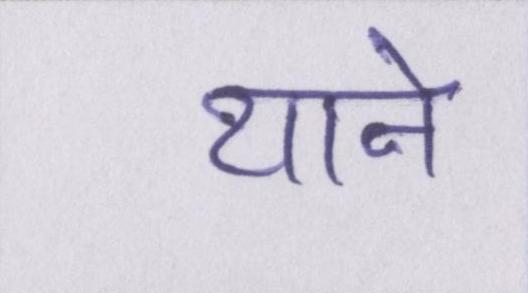
याने